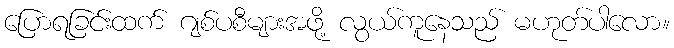
ပြောရခြင်းထက် ဂျစ်ပစီများအဖို့ လွယ်ကူနေသည် မဟုတ်ပါလော။